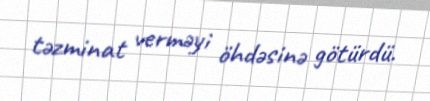
təzminat verməyi öhdəsinə götürdü.